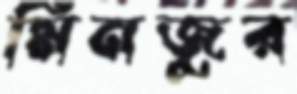
মিনজুর